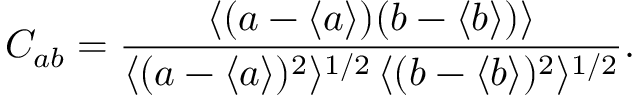
C _ { a b } = \frac { \langle ( a - \langle a \rangle ) ( b - \langle b \rangle ) \rangle } { \langle ( a - \langle a \rangle ) ^ { 2 } \rangle ^ { 1 / 2 } \, \langle ( b - \langle b \rangle ) ^ { 2 } \rangle ^ { 1 / 2 } } .